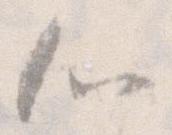
心